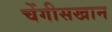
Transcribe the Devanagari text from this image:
चेंगीसखान